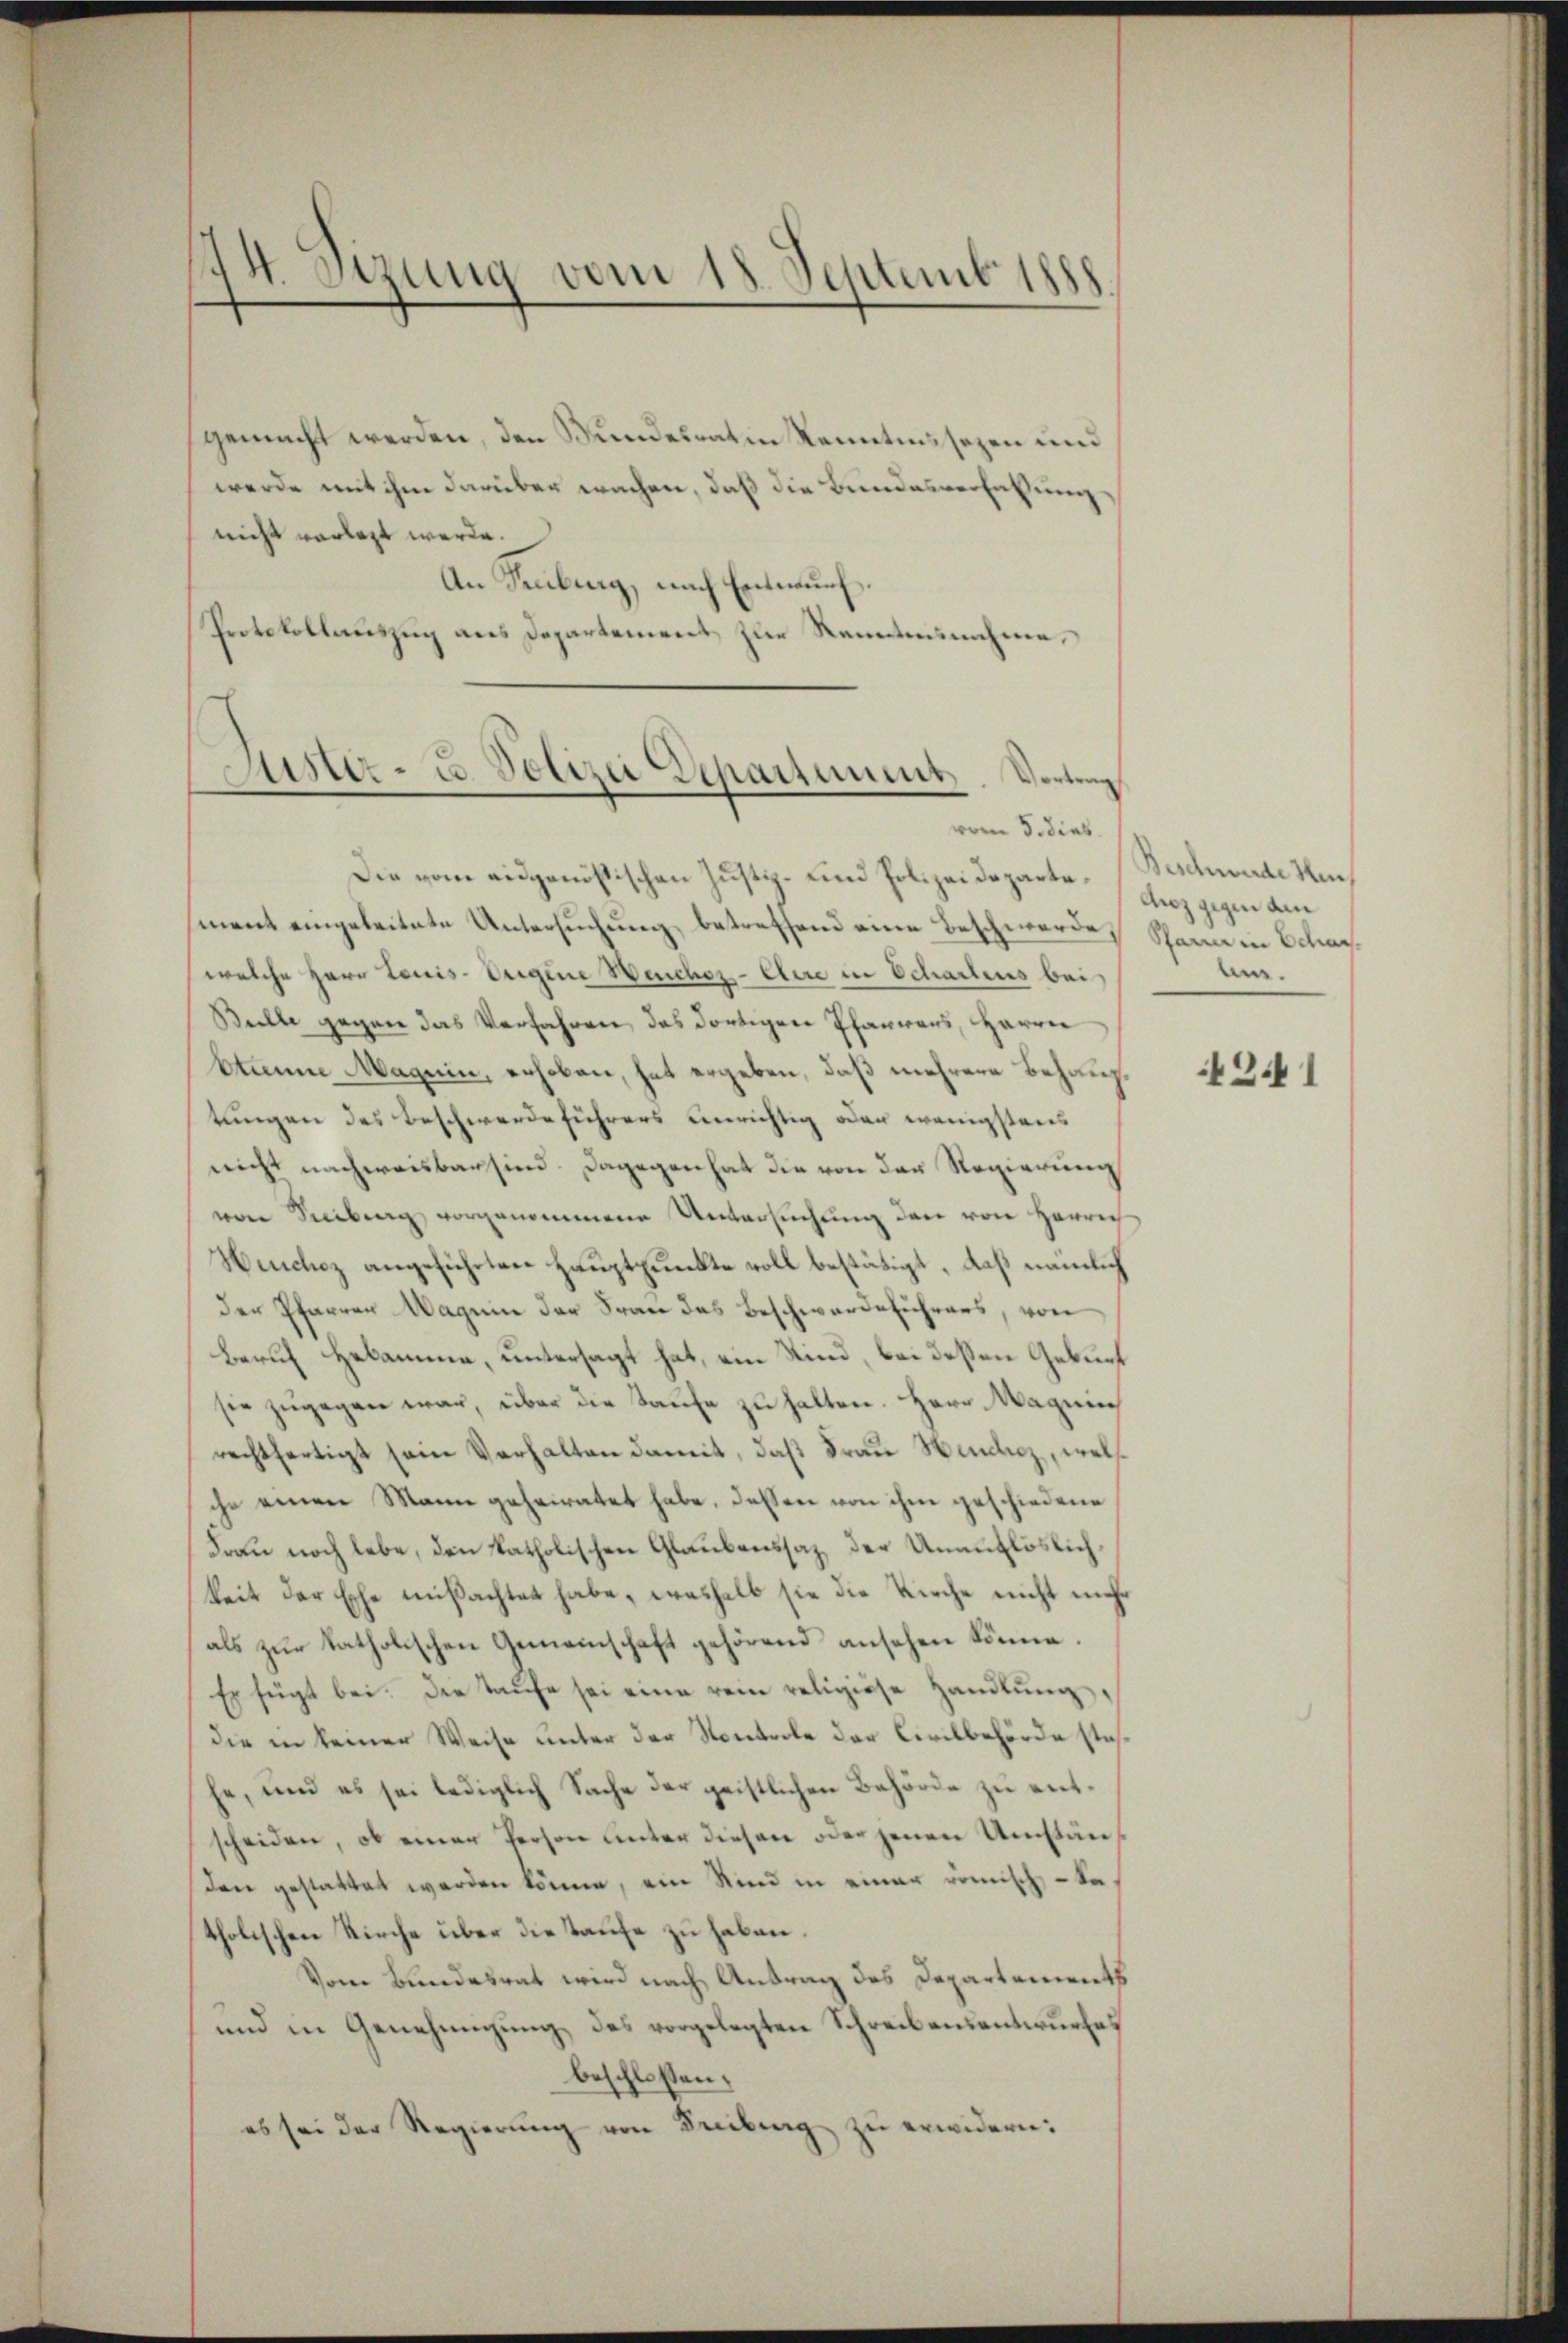
gemacht werden, den Bundesrat in Kenntnissezen und
werde mit ihm darüber wachen, daß die Bundesverfaßung,
nicht vorlegt werde.
An Feuburg, nach Entwurf.
Protokollauszug aus Departement zur Kenntensnahme,

44. Sizung vom 18. Septemb. 188

Lister- u. Polizei Departement. Vortrag
vom 3. dieb.

Die vom eidgenößischen Justiz- und Polizei Departement eingeleitete Untersuchung betreffend eine Beschwerdes Scharn in Schanwelche Herr Louis-Origine Heuchez-Clere in Schartens bei
Bulle gegen das Verfahren, das dortigen Pfarrers, Herrn
bkaum Maguin, erhoben, hat ergeben, daß mehrere Behauptungen des Beschwerdeführers unrichtig oder wenigstens
nicht nachweisbar sind. Dagegen hat die von der Regierung
von Seeberg vorgenommene Untersuchung den von Herrich
Henchoz angeführten Hauptpunkte voll bestätigt, daß nämlich
der Pfarrer Magnin der Frau das Beschwerdeführers, von
Beruf Hebamme, untersagt hat, ein Kind, bei deßen Geburf
sie zŭgegen war, über die Saufe zu halten. Herr Magnie
rechtfertigt sein Verhalten damit, daß Frau Hendicz, wels
che einen Mann geheiratet habe, dessen von ihm geschiedene
Frau noch lebe, den katholischen Glaubenssaz der Unauflöslichkeit der Esche mißachtet habe, weshalb sie die Kirche nicht mehr
als zur katholischen Gemeinschaft gehörend ansehen könne.
Er fügt bei. Die Taufe sei eine rein religiöse Handlŭng,
die in keiner Weise unter der Kontrole der Civilbehörde stahe, und es sei lediglich Sache der geistlichen Behörde zu entscheiden, ob einer Person unter diesen oder jenen Umstän¬
Den gestattet werden könne, ein Sind in einer römisch - Satholischen Kirche über die Taufe zu haben.
Vom Bundesrat wird nach Antrag des Departement
und in Genehmigung des vorgelegten Schreibensentwurfes
beschlossen:
es sei der Regierŭng von Freibung zu erwidern:

Beschwerde heu
Anz gegen de
be.

4241